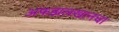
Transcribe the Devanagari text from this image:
अफझलखानचा